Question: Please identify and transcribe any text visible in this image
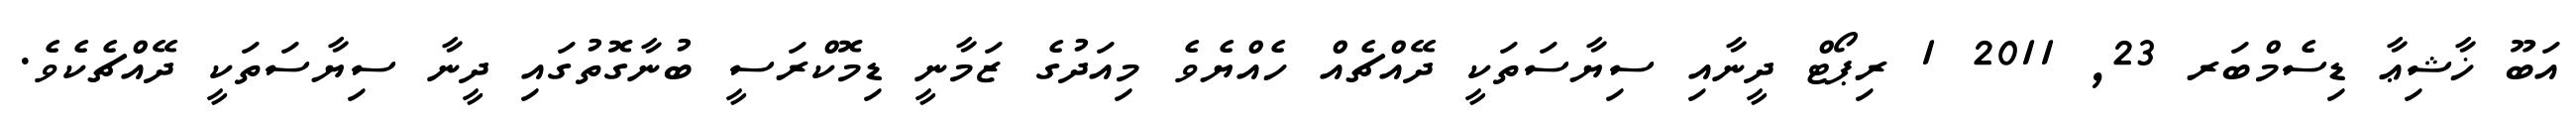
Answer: އަބޫ ޚާޝިޢާ ޑިސެމްބަރ 23, 2011 1 ރިޕޯޓް ދީނާއި ސިޔާސަތަކީ ދޭއްޗެއް ހެއްޔެވެ މިއަދުގެ ޒަމާނީ ޑިމޮކްރަސީ ބުނާގޮތުގައި ދީނާ ސިޔާސަތަކީ ދޭއްޗެކެވެ.